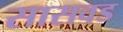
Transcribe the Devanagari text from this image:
सासवड